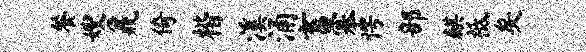
餐嫂鼐倚楷溪涌畜搴愕部麒祗矣